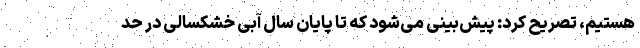
هستیم، تصریح کرد: پیش‌بینی می‌شود که تا پایان سال آبی خشکسالی در حد